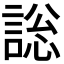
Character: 𧩟